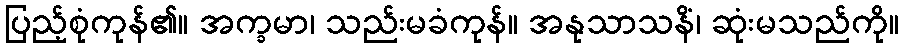
ပြည့်စုံကုန်၏။ အက္ခမာ၊ သည်းမခံကုန်။ အနုသာသနိံ၊ ဆုံးမသည်ကို။